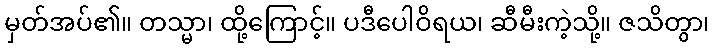
မှတ်အပ်၏။ တသ္မာ၊ ထို့ကြောင့်။ ပဒီပေါဝိရယ၊ ဆီမီးကဲ့သို့။ ဇသိတွာ၊